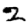
Digit: 2